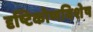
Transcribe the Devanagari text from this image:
दृष्टिकोणविशेष